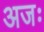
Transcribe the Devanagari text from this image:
अजः